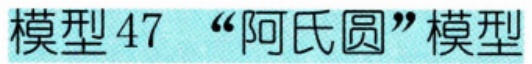
模型47 “阿氏圆”模型